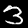
Label: 3